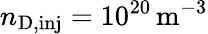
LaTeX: n_{\mathrm{D,inj}}=10^{20}\, \mathrm{m^{-3}}